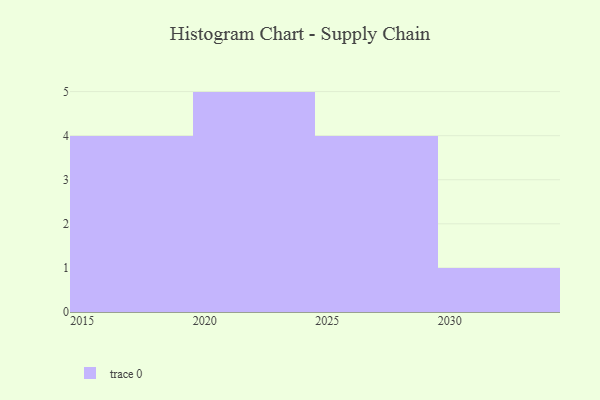
{"axis": {"x": "Year", "y": "Website Visitors"}, "legend": [""], "data": [{"x": "2028", "y": 12, "type": ""}, {"x": "2027", "y": 47, "type": ""}, {"x": "2021", "y": 60, "type": ""}, {"x": "2024", "y": 21, "type": ""}, {"x": "2025", "y": 6, "type": ""}, {"x": "2018", "y": 42, "type": ""}, {"x": "2016", "y": 13, "type": ""}, {"x": "2020", "y": 80, "type": ""}, {"x": "2030", "y": 97, "type": ""}, {"x": "2015", "y": 11, "type": ""}, {"x": "2026", "y": 43, "type": ""}, {"x": "2022", "y": 78, "type": ""}, {"x": "2019", "y": 9, "type": ""}, {"x": "2023", "y": 80, "type": ""}]}